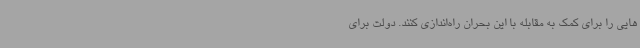
هایی را برای کمک به مقابله با این بحران راه‌اندازی کنند. دولت برای